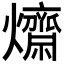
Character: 𤒱